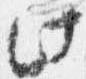
此